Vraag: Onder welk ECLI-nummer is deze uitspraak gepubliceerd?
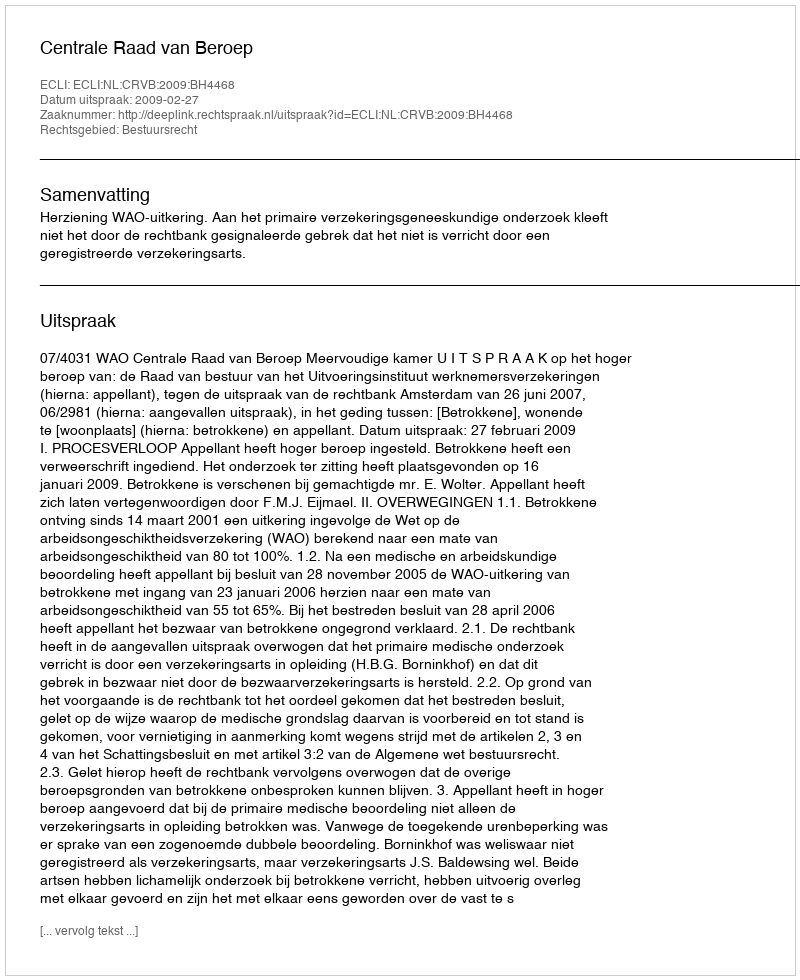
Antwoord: ECLI:NL:CRVB:2009:BH4468